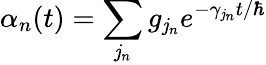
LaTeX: \alpha_{n}(t)=\sum_{\mathit{j}_{n}}g_{\mathit{j}_{n}}e^{-\gamma_{\mathit{j}_{n}}t/\hbar}